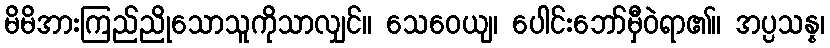
မိမိအားကြည်ညိုသောသူကိုသာလျှင်။ သေဝေယျ၊ ပေါင်းဘော်မှီဝဲရာ၏။ အပ္ပသန္န၊